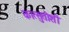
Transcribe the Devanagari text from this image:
कात्सुतोशी